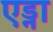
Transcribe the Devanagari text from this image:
एड्ना